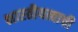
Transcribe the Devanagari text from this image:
भारतीयत्वाची